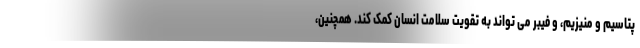
پتاسیم و منیزیم، و فیبر می تواند به تقویت سلامت انسان کمک کند. همچنین،